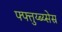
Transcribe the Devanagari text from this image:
फ्फ्त्तुय्ब्य्सेस्र